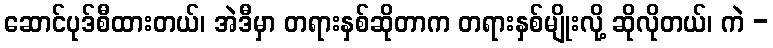
ဆောင်ပုဒ်စီထားတယ်၊ အဲဒီမှာ တရားနှစ်ဆိုတာက တရားနှစ်မျိုးလို့ ဆိုလိုတယ်၊ ကဲ -